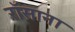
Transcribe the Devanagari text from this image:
रॉसाना